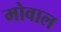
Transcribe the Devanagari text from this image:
मोवाल